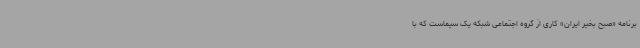
برنامه «صبح بخیر ایران» کاری از گروه اجتماعی شبکه یک سیماست که با